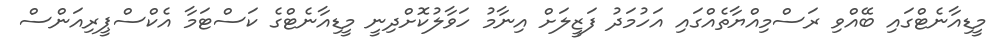
މީޑިއާނެޓްގައި ބޭއްވި ރަސްމިއްޔާތެއްގައި އަހުމަދު ފަޒީލަށް އިނާމު ހަވާލުކޮށްދިނީ މީޑިއާނެޓްގެ ކަސްޓަމާ އެކްސްޕީރިއަންސް